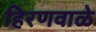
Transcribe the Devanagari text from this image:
हिरणवाळे